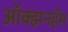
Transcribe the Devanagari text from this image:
ऑक्झनहॅम